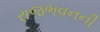
રાજભવનની